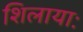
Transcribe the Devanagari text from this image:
शिलायाः